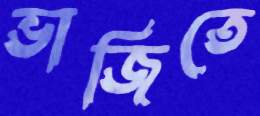
ভাজিতে